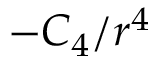
- C _ { 4 } / r ^ { 4 }